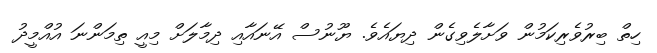
ހިތް ބިރުވެރިކަމުން ވަށާލެވިގެން ދިޔައެވެ. ޔޫނުސް އޭނައާއި ދިމާލަށް މިއީ ތިމަންނަ އުއްމީދު